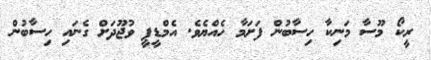
ރީކޯ މޫސާ މަނިކާ ހިސާބުން ފަށަމާ ހެއްޔެވެ. އެމްޑީޕީ ވުޖޫދަށް ގެނައި ހިސާބުން